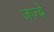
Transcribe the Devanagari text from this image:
जज़्बे